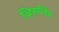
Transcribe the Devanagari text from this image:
व्हिसलिंग